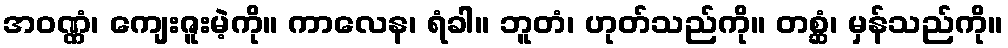
အဝဏ္ဏံ၊ ကျေးဇူးမဲ့ကို။ ကာလေန၊ ရံခါ။ ဘူတံ၊ ဟုတ်သည်ကို။ တစ္ဆံ၊ မှန်သည်ကို။